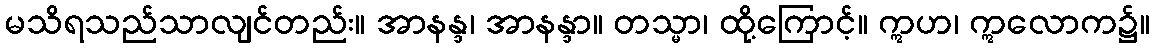
မသိရသည်သာလျင်တည်း။ အာနန္ဒ၊ အာနန္ဒာ။ တသ္မာ၊ ထို့ကြောင့်။ ဣဟ၊ ဣလောက၌။